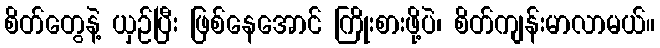
စိတ်တွေနဲ့ ယှဉ်ပြီး ဖြစ်နေအောင် ကြိုးစားဖို့ပဲ၊ စိတ်ကျန်းမာလာမယ်။